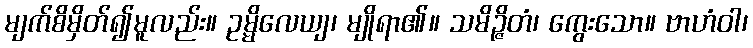
မျက်စိမှိတ်၍မူလည်း။ ဥမ္မိလေယျ၊ မျိုရာ၏။ သမိဉ္ဇိတံ၊ ကွေးသော။ ဗာဟံဝါ၊